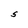
Character: S